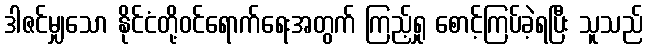
ဒါဇင်မျှသော နိုင်ငံတို့ဝင်ရောက်ရေးအတွက် ကြည့်ရှု စောင့်ကြပ်ခဲ့ရပြီး သူသည်